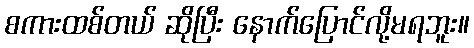
စကားထစ်တယ် ဆိုပြီး နောက်ပြောင်လို့မရဘူး။